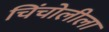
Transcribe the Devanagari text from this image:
चिंचोलीला